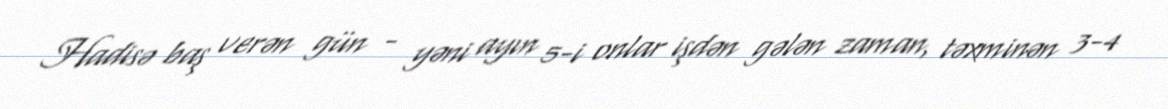
Hadisə baş verən gün - yəni ayın 5-i onlar işdən gələn zaman, təxminən 3-4